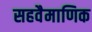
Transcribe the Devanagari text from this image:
सहवैमाणिक